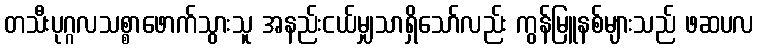
တသီးပုဂ္ဂလသစ္စာဖောက်သွားသူ အနည်းငယ်မျှသာရှိသော်လည်း ကွန်မြူနစ်များသည် ဖဆပလ